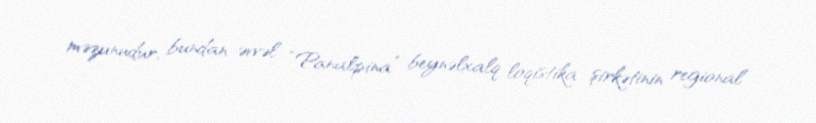
məzunudur, bundan əvvəl “Panalpina” beynəlxalq loqistika şirkətinin regional